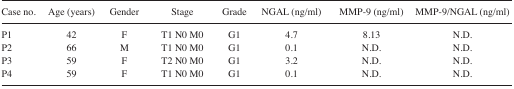
<table><thead><tr><td><b>Case no.</b></td><td><b>Age (years)</b></td><td><b>Gender</b></td><td><b>Stage</b></td><td><b>Grade</b></td><td><b>NGAL (ng/ml)</b></td><td><b>MMP-9 (ng/ml)</b></td><td><b>MMP-9/NGAL (ng/ml)</b></td></tr></thead><tbody><tr><td>P1</td><td>42</td><td>F</td><td>T1 N0 M0</td><td>G1</td><td>4.7</td><td>8.13</td><td>N.D.</td></tr><tr><td>P2</td><td>66</td><td>M</td><td>T1 N0 M0</td><td>G1</td><td>0.1</td><td>N.D.</td><td>N.D.</td></tr><tr><td>P3</td><td>59</td><td>F</td><td>T2 N0 M0</td><td>G1</td><td>3.2</td><td>N.D.</td><td>N.D.</td></tr><tr><td>P4</td><td>59</td><td>F</td><td>T1 N0 M0</td><td>G1</td><td>0.1</td><td>N.D.</td><td>N.D.</td></tr></tbody></table>